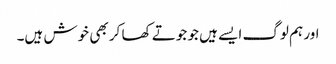
اور ہم لوگ ایسے ہیں جو جوتے کھا کر بھی خوش ہیں۔